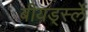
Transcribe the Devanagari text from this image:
बीयर्ड्स्ले